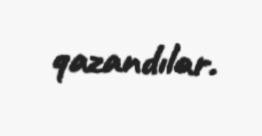
qazandılar.